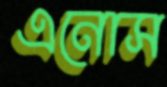
এনোস